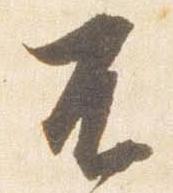
不